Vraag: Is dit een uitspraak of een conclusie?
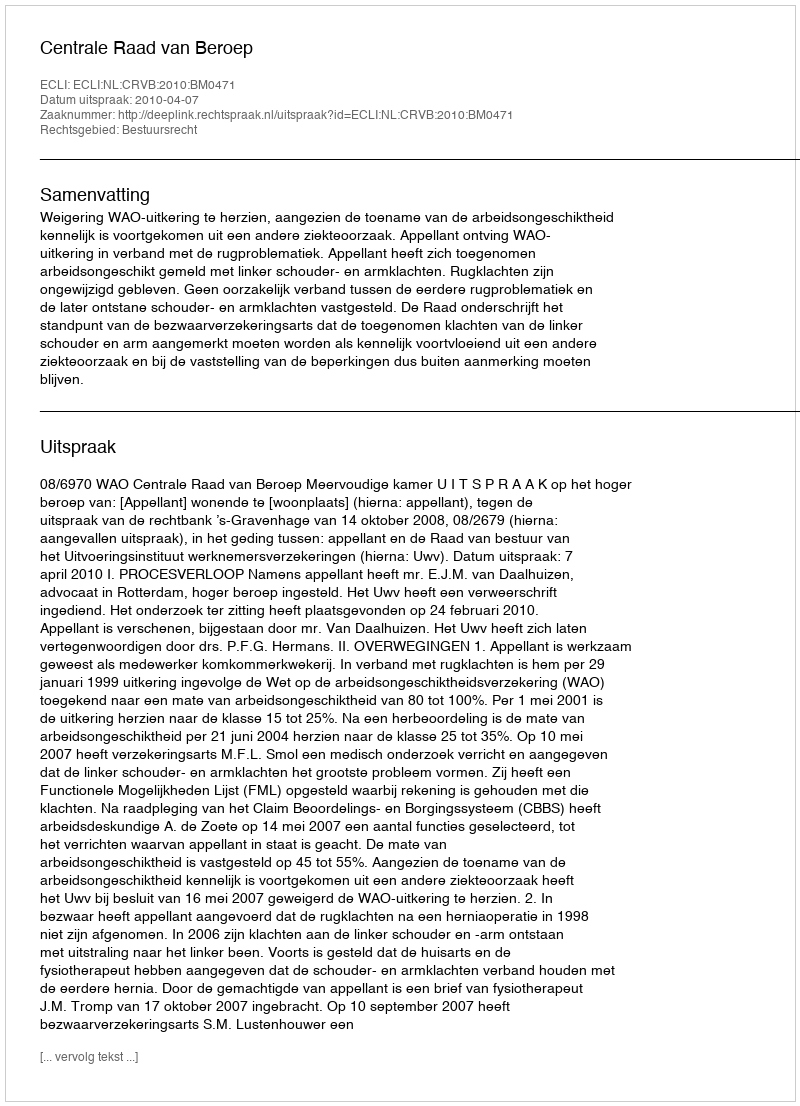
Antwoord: Uitspraak